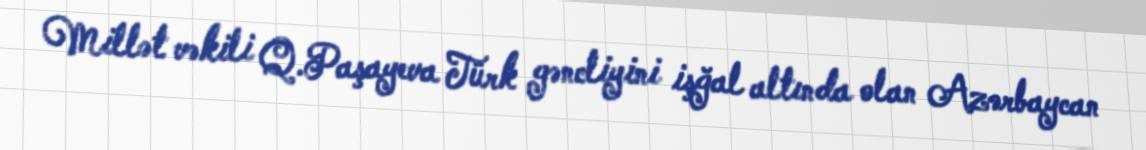
Millət vəkili Q.Paşayeva Türk gəncliyini işğal altında olan Azərbaycan